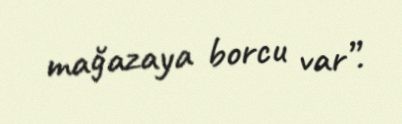
mağazaya borcu var”.